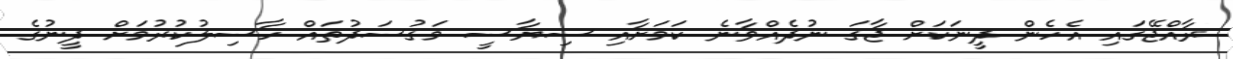
ރާއްޖޭގައި އެހެން ދީނަކަށް ޖާގަ ނުދެއްވާނެ ކަަމަށާއި ސިޔާސީ މަގުސަދުތައް ހާސިލުކުރުމަށް ދީނުގެ